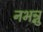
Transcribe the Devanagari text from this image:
नभन्नु